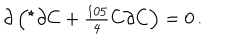
LaTeX: \partial \left( { } ^ { \star } \partial C + { \textstyle \frac { 1 0 5 } { 4 } } C \partial C \right) = 0 \, .